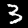
Label: 3